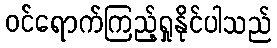
ဝင်ရောက်ကြည့်ရှုနိုင်ပါသည်